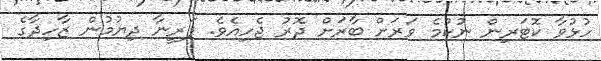
ހުޅުވާ ކޮޓަރިން ނުކުމެ ވަރަށް ބާރަށް ދޮރު ޖެހިއެވެ. ފަރީނާ ދިޔުމުން ޒާހިދާގެ